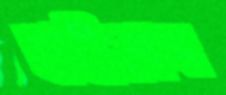
হাইডোজ